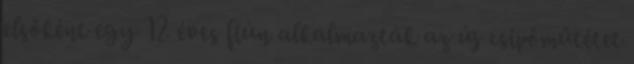
elsőként egy 12 éves fiún alkalmazták az új csípőműtétet